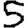
Digit: 5